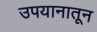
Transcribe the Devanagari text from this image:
उपयानातून